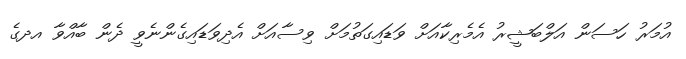
އުމަރު ހަސަން އަލްބަޝީރު އެމެރިކާއަށް ވަޑައިގަތުމަށް ވިސާއަށް އެދިވަޑައިގެންނެވީ ދެން ބާއްވާ އދގެ